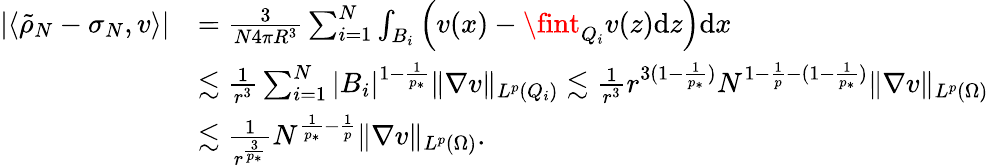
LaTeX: \begin{array}{rl}{|\langle\tilde{\rho}_{N}-\sigma_{N},v\rangle|}&{=\frac{3}{N4\pi R^{3}}\sum_{i=1}^{N}\int_{B_{i}}\left(v(x)-\fint_{Q_{i}}v(z){\mathrm{d}}z\right)\mathrm{d}x}\\ &{\lesssim\frac{1}{r^{3}}\sum_{i=1}^{N}|B_{i}|^{1-\frac 1{p_{*}}}\| \nabla v\| _{L^{p}(Q_{i})}\lesssim\frac{1}{r^{3}}r^{3(1-\frac 1{p_{*}})}N^{1-\frac 1p-(1-\frac 1{p_{*}})}\| \nabla v\| _{L^{p}(\Omega)}}\\ &{\lesssim\frac{1}{r^{\frac{3}{p_{*}}}}N^{\frac 1{p_{*}}-\frac 1p}\| \nabla v\| _{L^{p}(\Omega)}.}\end{array}